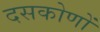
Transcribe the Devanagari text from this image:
दसकोणों